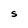
Character: S